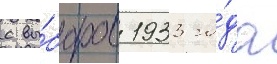
с вы́боров 1933 го́да